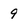
Character: 9